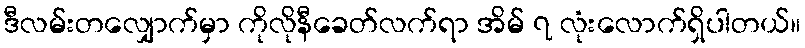
ဒီလမ်းတလျှောက်မှာ ကိုလိုနီခေတ်လက်ရာ အိမ် ၇ လုံးလောက်ရှိပါတယ်။